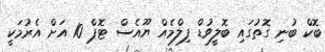
ބޮކް ބުނި ގޮތުގައި ބޮލީވުޑް ފިލްމެއް ޔޫއެސް ޓޮޕް 10 އަށް އެރުމަކީ